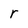
Character: r